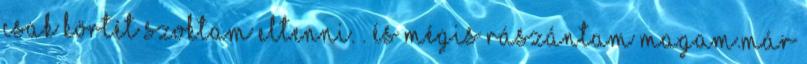
csak körtét szoktam eltenni. . és mégis rászántam magam.már